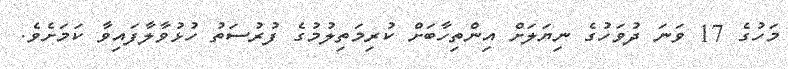
މަހުގެ 17 ވަނަ ދުވަހުގެ ނިޔަލަށް އިންތިހާބަށް ކުރިމަތިލުމުގެ ފުރުސަތު ހުޅުވާލާފައިވާ ކަމަށެވެ.